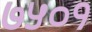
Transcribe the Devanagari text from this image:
७५०१